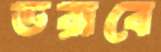
ডরাবে